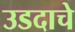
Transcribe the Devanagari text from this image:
उडदाचे